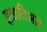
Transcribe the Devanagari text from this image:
इख़तिआर